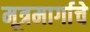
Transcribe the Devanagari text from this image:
मूत्रमार्गाचे